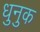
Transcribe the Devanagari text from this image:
धुनुक